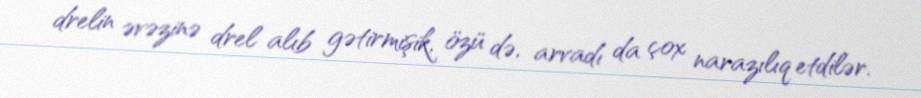
drelin əvəzinə drel alıb gətirmişik, özü də, arvadı da çox narazılıq etdilər.